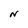
Character: N